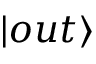
\vert o u t \rangle